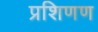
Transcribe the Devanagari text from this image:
प्रशिणण